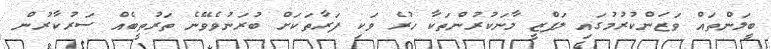
ބީލަންތައް ވަޒަންކުރުމުގައި ލަފްޒީ މާނަކުރުންތަކާ ހުރެ ވަކި ފަރާތަކަށް ބުރަނުވެވޭނެ ތަރުތީބެއް ސަރުކާރުން